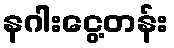
နဂါးငွေ့တန်း